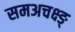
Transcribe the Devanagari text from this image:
समअचक्ष्ङ्